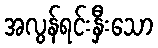
အလွန်ရင်းနှီးသော